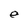
Character: e